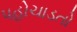
પહોચાડતો